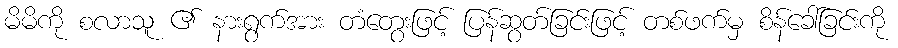
မိမိကို စလာသူ ၏ နားရွက်အား တံတွေးဖြင့် ပြန်ဆွတ်ခြင်းဖြင့် တစ်ဖက်မှ စိန်ခေါ်ခြင်းကို